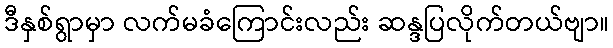
ဒီနှစ်ရွာမှာ လက်မခံကြောင်းလည်း ဆန္ဒပြလိုက်တယ်ဗျာ။